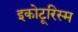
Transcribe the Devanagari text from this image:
इकोटूरिस्म